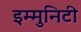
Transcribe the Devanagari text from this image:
इम्मुनिटी